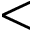
<